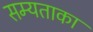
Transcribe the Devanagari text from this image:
सम्यताका